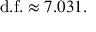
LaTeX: { \mathrm { d . f . } } \approx 7 . 0 3 1 .